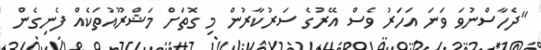
"ދެހާސްނުވަ ވަނަ އަހަރު ވެސް އޭރުގެ ސަރުކާރުން މި ގޮތަށް މަޝްރޫއުތަކެއް ފެނިގެން